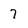
Character: 7